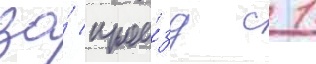
за́ прое́зд с 1